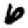
Digit: 6